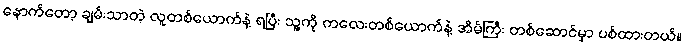
နောက်တော့ ချမ်းသာတဲ့ လူတစ်ယောက်နဲ့ ရပြီး သူ့ကို ကလေးတစ်ယောက်နဲ့ အိမ်ကြီး တစ်ဆောင်မှာ ပစ်ထားတယ်။